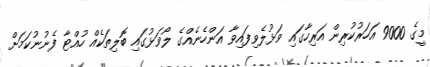
މީގެ 9000 އަހަރުކުރިން އަރިހާގައި ވަޅުލެވިފައިވާ އަންހެނެއްގެ ލޯވަޅުގައި ބޮލިތަކެއް ހުއްޓާ ފެނުނުކަމަށް